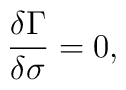
\frac{\delta\Gamma}{\delta\sigma}=0,